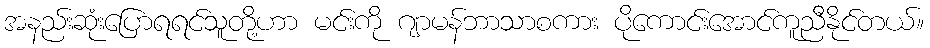
အနည်းဆုံးပြောရရင်သူတို့ဟာ မင်းကို ဂျာမန်ဘာသာစကား ပိုကောင်းအောင်ကူညီနိုင်တယ်။